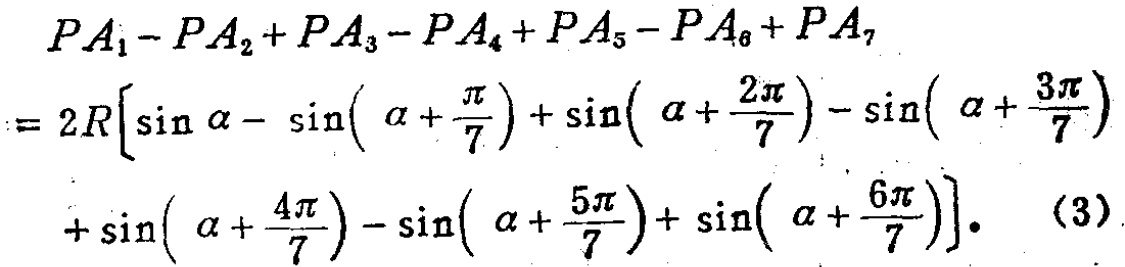
\[
\begin{align*}
&PA_1 - PA_2 + PA_3 - PA_4 + PA_5 - PA_6 + PA_7\\
=&2R\left[\sin\alpha - \sin\left(\alpha + \frac{\pi}{7}\right) + \sin\left(\alpha + \frac{2\pi}{7}\right) - \sin\left(\alpha + \frac{3\pi}{7}\right)\right.\\
&\left.+\sin\left(\alpha + \frac{4\pi}{7}\right) - \sin\left(\alpha + \frac{5\pi}{7}\right) + \sin\left(\alpha + \frac{6\pi}{7}\right)\right]. \quad(3)
\end{align*}
\]